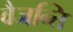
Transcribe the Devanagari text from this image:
वैजन्ति